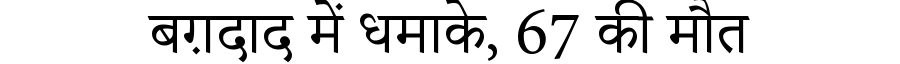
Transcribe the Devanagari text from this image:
बग़दाद में धमाके, 67 की मौत